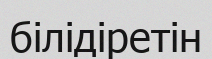
білідіретін